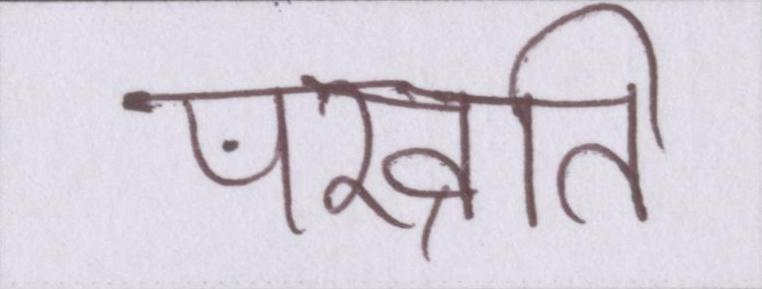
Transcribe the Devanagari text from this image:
परव्रति